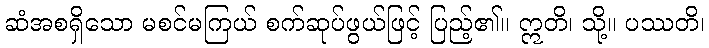
ဆံအစရှိသော မစင်မကြယ် စက်ဆုပ်ဖွယ်ဖြင့် ပြည့်၏။ ဣတိ၊ သို့။ ပဿတိ၊